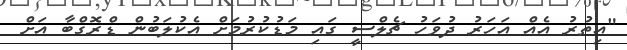
"އިތުރު އެއް އަހަރު ދުވަހު ޗެލްސީ ގައި މަޑުކުރުމަށް އެކުލަބުން ޑްރޮގްބާ އަށް